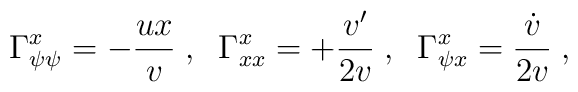
\Gamma^{x}_{\psi \psi} = - {ux \over v} \; , \; \;\Gamma^{x}_{xx} = + {v' \over 2v} \; , \; \;\Gamma^{x}_{\psi x} = {\dot{v} \over 2v} \; ,